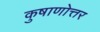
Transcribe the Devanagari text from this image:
कुषाणोत्तर